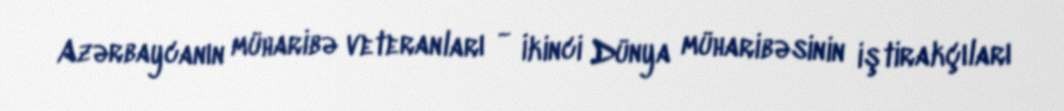
Azərbaycanın müharibə veteranları - İkinci Dünya müharibəsinin iştirakçıları